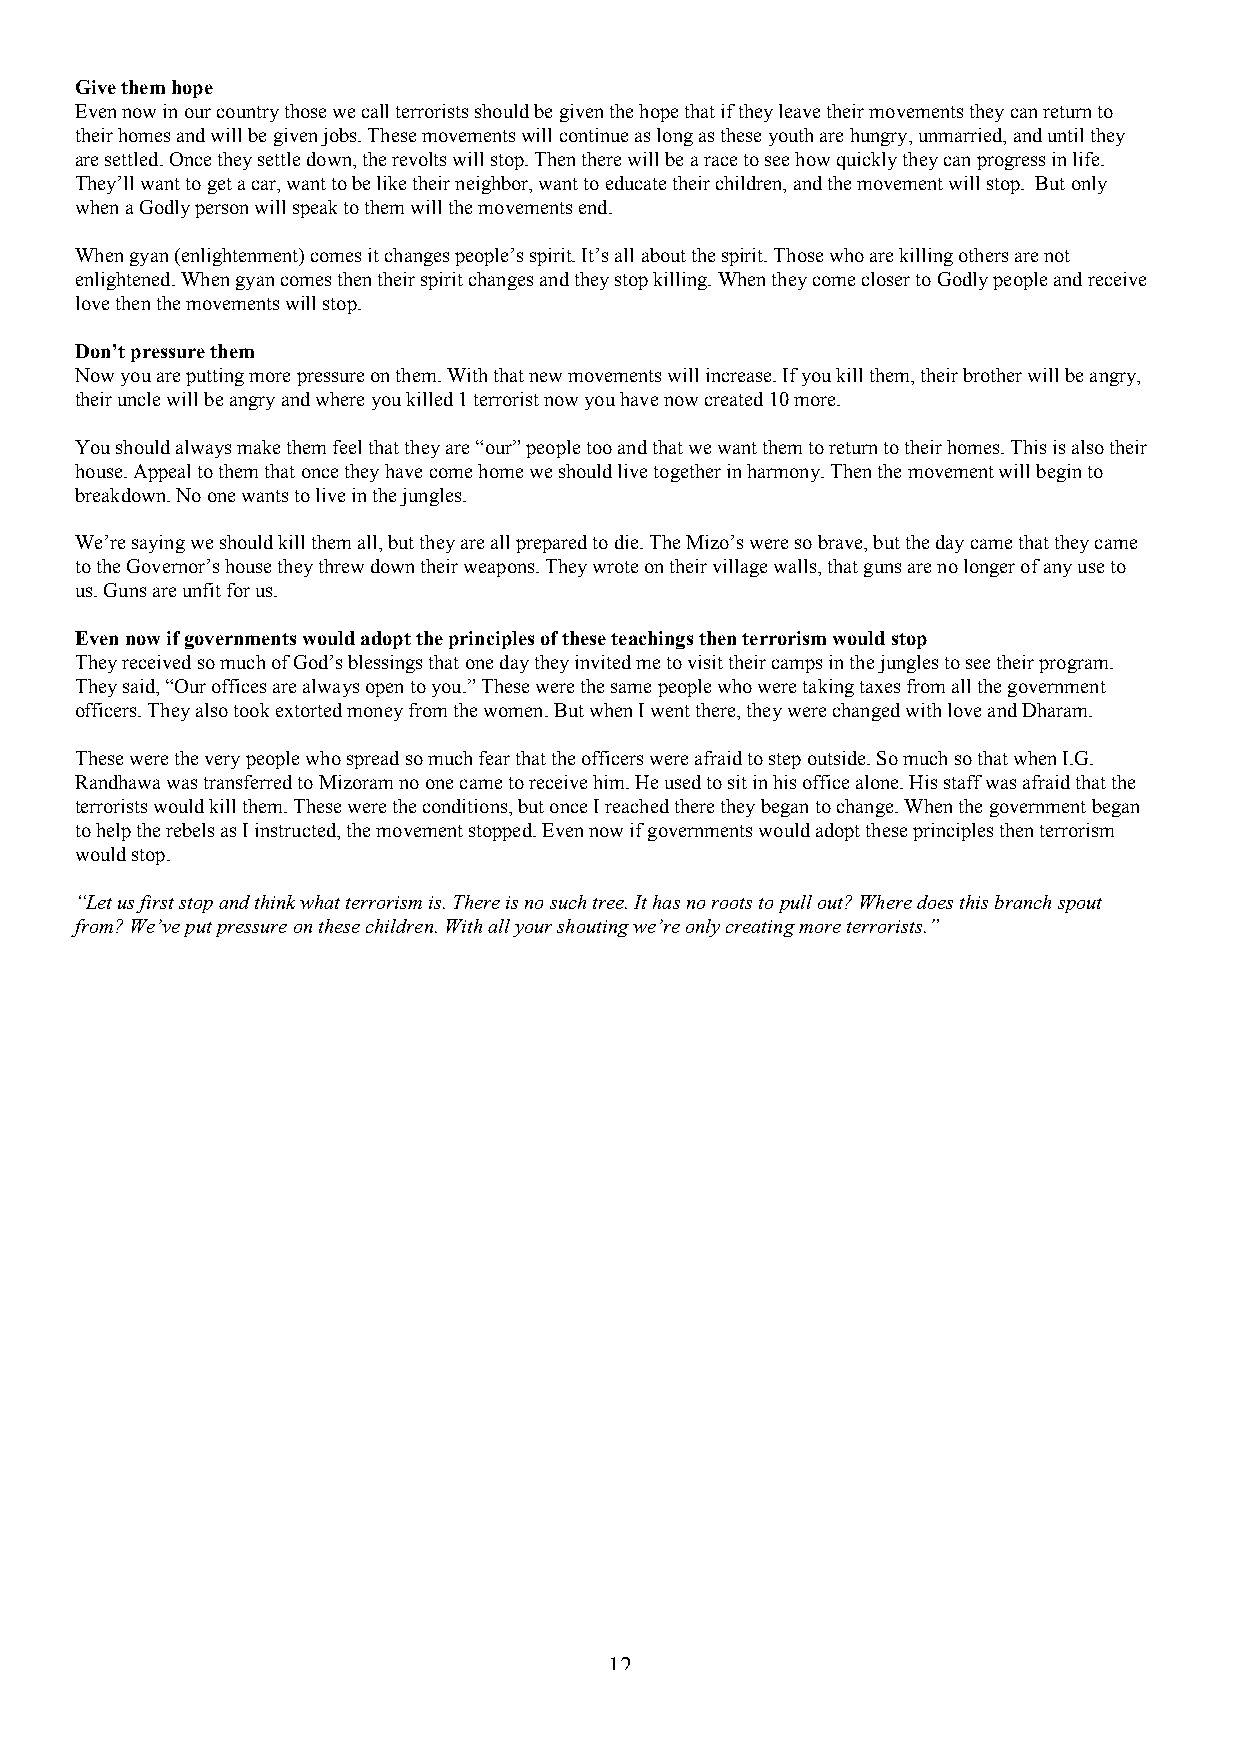
Give them hope
 Even now in our country those we call terrorists should be given the hope that if they leave their movements they can return to
 their homes and will be given jobs. These movements will continue as long as these youth are hungry, unmarried, and until they
 are settled. Once they settle down, the revolts will stop. Then there will be a race to see how quickly they can progress in life.
 They’ll want to get a car, want to be like their neighbor, want to educate their children, and the movement will stop. But only
 when a Godly person will speak to them will the movements end.
 When gyan (enlightenment) comes it changes people’s spirit. It’s all about the spirit. Those who are killing others are not
 enlightened. When gyan comes then their spirit changes and they stop killing. When they come closer to Godly people and receive
 love then the movements will stop.
 Don’t pressure them
 Now you are putting more pressure on them. With that new movements will increase. If you kill them, their brother will be angry,
 their uncle will be angry and where you killed 1 terrorist now you have now created 10 more.
 You should always make them feel that they are “our” people too and that we want them to return to their homes. This is also their
 house. Appeal to them that once they have come home we should live together in harmony. Then the movement will begin to
 breakdown. No one wants to live in the jungles.
 We’re saying we should kill them all, but they are all prepared to die. The Mizo’s were so brave, but the day came that they came
 to the Governor’s house they threw down their weapons. They wrote on their village walls, that guns are no longer of any use to
 us. Guns are unfit for us.
 Even now if governments would adopt the principles of these teachings then terrorism would stop
 They received so much of God’s blessings that one day they invited me to visit their camps in the jungles to see their program.
 They said, “Our offices are always open to you.” These were the same people who were taking taxes from all the government
 officers. They also took extorted money from the women. But when I went there, they were changed with love and Dharam.
 These were the very people who spread so much fear that the officers were afraid to step outside. So much so that when I.G.
 Randhawa was transferred to Mizoram no one came to receive him. He used to sit in his office alone. His staff was afraid that the
 terrorists would kill them. These were the conditions, but once I reached there they began to change. When the government began
 to help the rebels as I instructed, the movement stopped. Even now if governments would adopt these principles then terrorism
 would stop.
 “Let us first stop and think what terrorism is. There is no such tree. It has no roots to pull out? Where does this branch spout
 from? We’ve put pressure on these children. With all your shouting we’re only creating more terrorists.”
 12